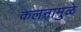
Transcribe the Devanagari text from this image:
कलनामुळे